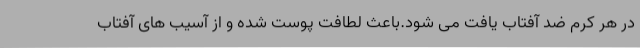
در هر کرم ضد آفتاب یافت می شود.باعث لطافت پوست شده و از آسیب های آفتاب